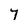
Character: 7